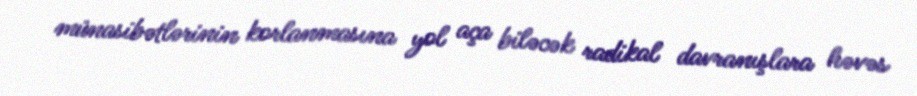
münasibətlərinin korlanmasına yol aça biləcək radikal davranışlara həvəs